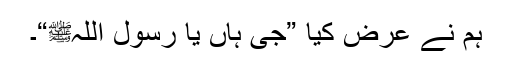
ہم نے عرض کیا ”جی ہاں یا رسول اللہﷺ“۔